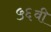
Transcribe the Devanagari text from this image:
५६वी